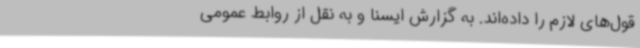
قول‌های لازم را داده‌اند. به گزارش ایسنا و به نقل از روابط عمومی